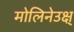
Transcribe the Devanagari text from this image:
मोलिनेउक्ष्